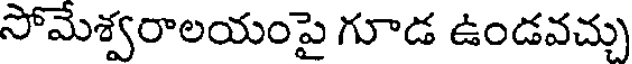
సోమేశ్వరాలయంపై గూడ ఉండవచ్చు